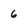
Character: 6